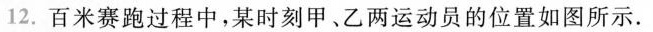
12.百米赛跑过程中，某时刻甲、乙两运动员的位置如图所示 .